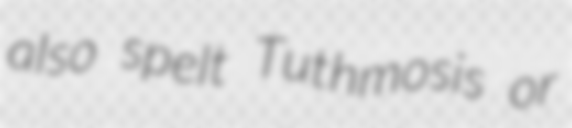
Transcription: also spelt Tuthmosis or